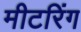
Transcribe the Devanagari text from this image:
मीटरिंग